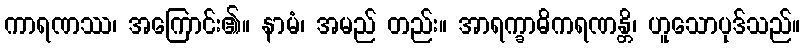
ကာရဏဿ၊ အကြောင်း၏။ နာမံ၊ အမည် တည်း။ အာရက္ခာဓိကရဏန္တိ၊ ဟူသောပုဒ်သည်။